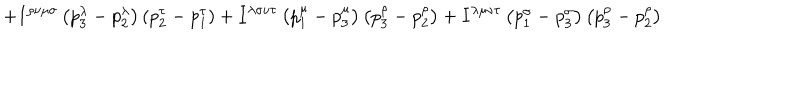
+ I ^ { \rho \nu \mu \sigma } \left( p _ { 3 } ^ { \lambda } - p _ { 2 } ^ { \lambda } \right) \left( p _ { 2 } ^ { \tau } - p _ { 1 } ^ { \tau } \right) + I ^ { \lambda \sigma \nu \tau } \left( p _ { 1 } ^ { \mu } - p _ { 3 } ^ { \mu } \right) \left( p _ { 3 } ^ { \rho } - p _ { 2 } ^ { \rho } \right) + I ^ { \lambda \mu \nu \tau } \left( p _ { 1 } ^ { \sigma } - p _ { 3 } ^ { \sigma } \right) \left( p _ { 3 } ^ { \rho } - p _ { 2 } ^ { \rho } \right)